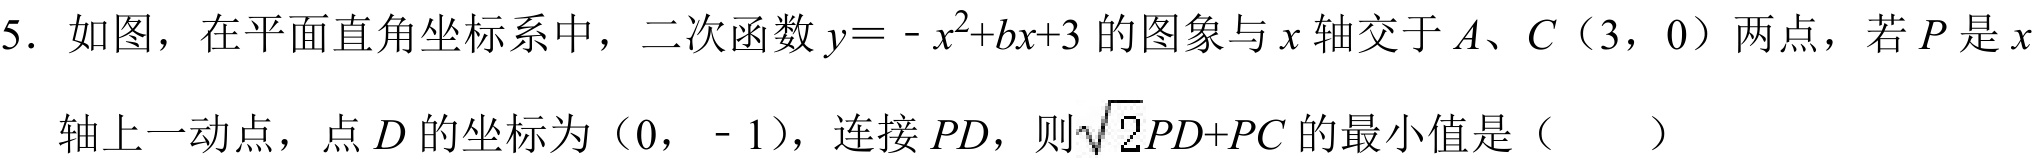
5. 如图，在平面直角坐标系中，二次函数$y = -x^{2}+bx + 3$的图象与$x$轴交于$A、C（3,0）$两点，若$P$是$x$
轴上一动点，点$D$的坐标为$(0,-1)$，连接$PD$，则$\sqrt{2}PD + PC$的最小值是（  ）